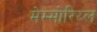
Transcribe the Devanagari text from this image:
मेम्मोरिय्ल